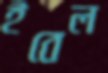
ইবেল